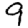
Digit: 9